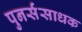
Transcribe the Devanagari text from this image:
पुनर्संसाधक